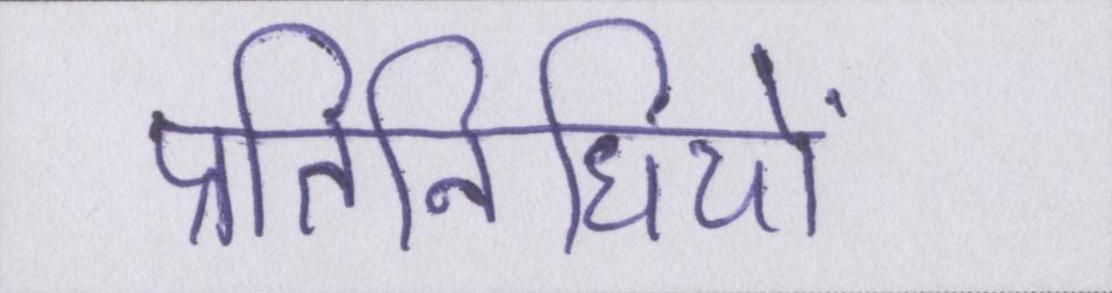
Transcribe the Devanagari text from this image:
प्रतिनिधियों